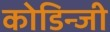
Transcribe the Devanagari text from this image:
कोडिन्जी